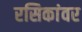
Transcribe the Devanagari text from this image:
रसिकांवर